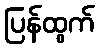
ပြန်ထွက်